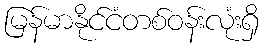
မြန်မာနိုင်ငံတစ်ဝန်းလုံးရှိ